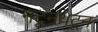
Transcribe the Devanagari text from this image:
नटूनथटून